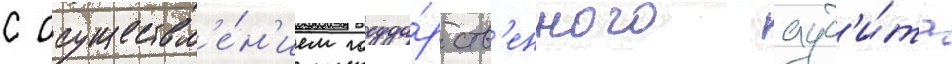
с осуществл'е́н'ием госуда́рств'енного ауд'и́та